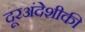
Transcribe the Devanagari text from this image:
दूरअंदेशीकी